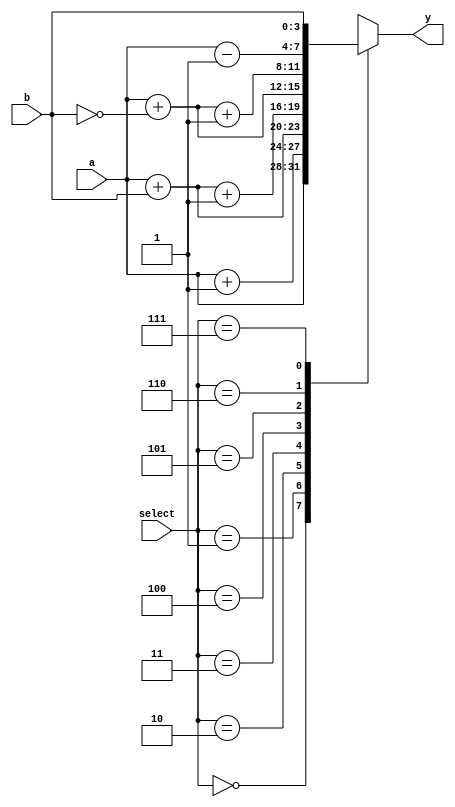
//Pendiente por modificar

module ALU (y, a, b, select);		 // ARITHMETIC UNIT
output 	[3: 0] 	y;
input		[3: 0]	a, b;
//input					c_in;
input		[2: 0]	select;
reg		[3: 0]	y;

always @ (*)
begin
y= 4'b0;
case ({select})
6'b00000_0:	y = a;
6'b00000_1:	y = a + 1'b1;
6'b00001_0:	y = a + b;
6'b00001_1:	y = a + b + 1'b1;
6'b00010_0:	y = a + ~b;
6'b00010_1:	y = a + (~b) + 1'b1;
6'b00011_0:	y = a - 1'b1;
6'b00011_1:	y = b;
6'b00100_0:	y = a & b;
6'b00101_0:	y = a | b;
6'b00110_0: y = a ^ b;
6'b00111_0:	y = ~a;
6'b01000_0:	y = a << 1;
6'b10000_0:	y = a >> 1;			// 16
6'b11000_0:	y = 0;            // 24
default:		y = 4'b0;
endcase
end
endmodule